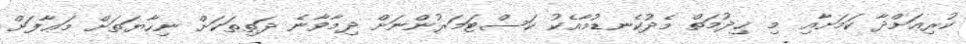
ކުރިއަށްދާ ކަމަށާއި މި ޚިދުމަތް މެދުކެނޑުމާއެކު ކަސްޓަމަރުންނަށް ދިމާވާނެ ދަތިތަކަށް ނިހާޔަތަށް މަޢާފަށް